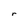
Character: r